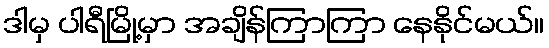
ဒါမှ ပါရီမြို့မှာ အချိန်ကြာကြာ နေနိုင်မယ်။